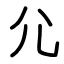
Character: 尣